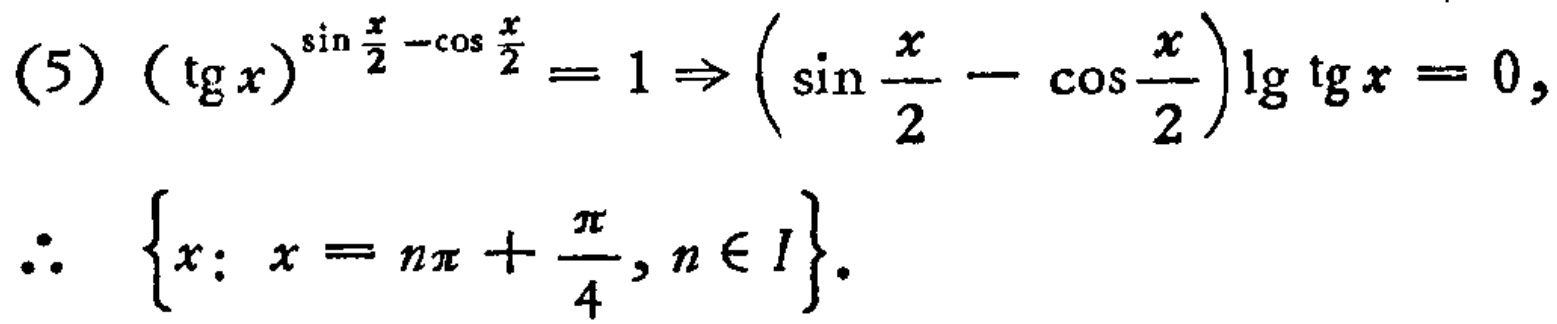
\((5)\ (\tg x)^{\sin \frac{x}{2}-\cos \frac{x}{2}} = 1\Rightarrow \left(\sin \frac{x}{2}-\cos \frac{x}{2}\right)\lg \tg x = 0,\)
\(\therefore \left\{x: x = n\pi+\frac{\pi}{4}, n\in I\right\}.\)